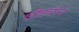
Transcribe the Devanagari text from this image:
व्हीलचेरने